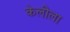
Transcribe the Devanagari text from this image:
केलीला